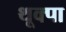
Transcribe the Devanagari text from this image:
थूक्‍पा